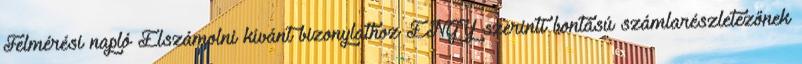
Felmérési napló Elszámolni kívánt bizonylathoz ÉNGY szerinti bontású számlarészletezőnek